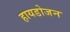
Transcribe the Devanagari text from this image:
हायडोजन